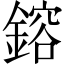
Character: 鎔